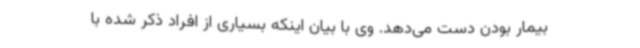
بیمار بودن دست ‌می‌دهد. وی با بیان اینکه بسیاری از افراد ذکر شده با